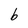
Character: b